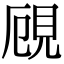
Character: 𧠏